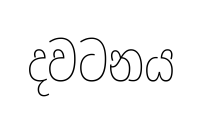
දවටනය